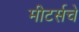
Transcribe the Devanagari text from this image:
मीटर्सचे